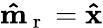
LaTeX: \mathbf{\hat{m}}_{\mathrm{~r~}}=\mathbf{\hat{x}}